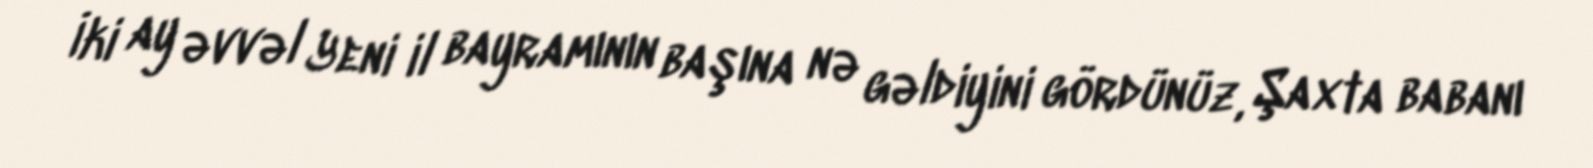
İki ay əvvəl Yeni il bayramının başına nə gəldiyini gördünüz, Şaxta babanı